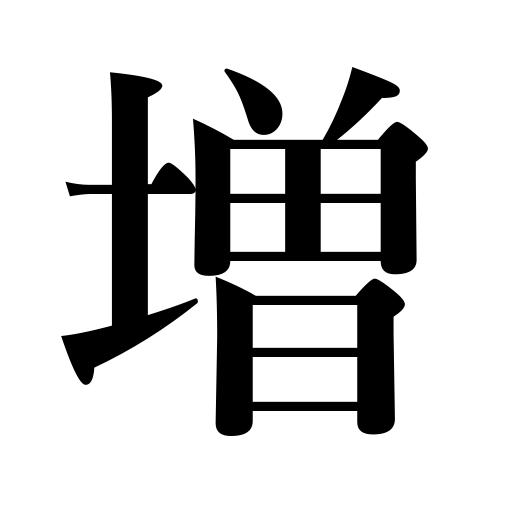
Meanings: gain,extend,add to,augment,enlarge,promote health,increase